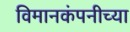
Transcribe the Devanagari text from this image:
विमानकंपनीच्या